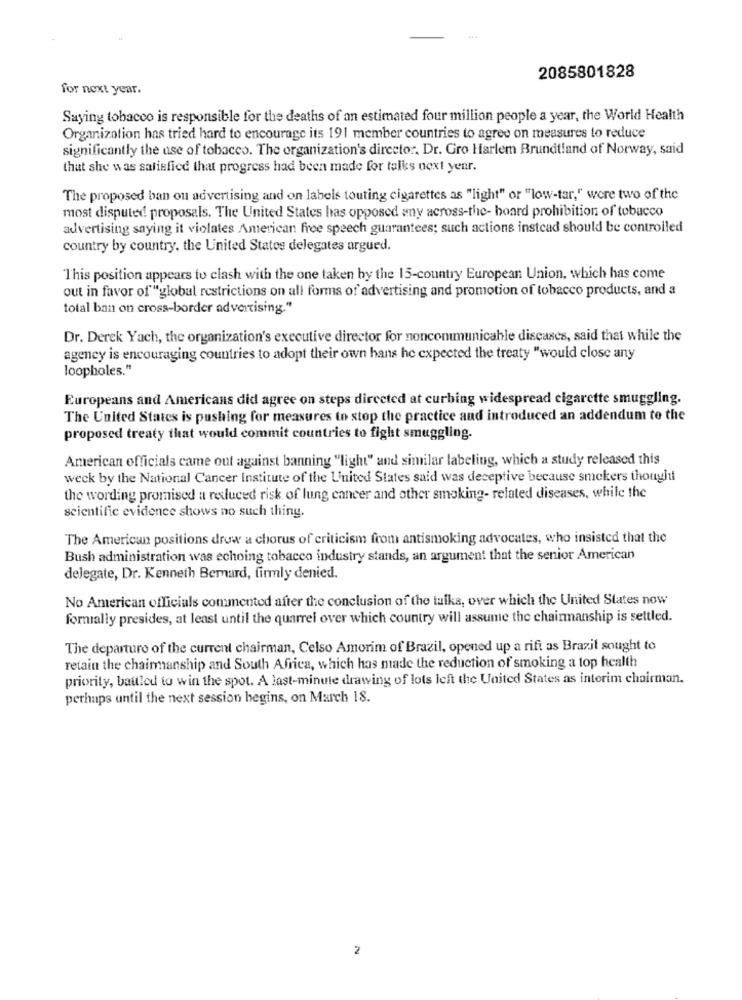
2085801828
for next year.
Saying tobacco is responsible for the deaths of an estimated four million people a year, the World Health
Organization has tried hard to encourage its 191 member countries to agree on measures to reduce
significantly the use of tobacco. The organization's director. Dr. Gro Harlem Brundtland of Norway, said
that she was satisfied that progress had been made for talks next year.
The proposed ban on advertising and on labels touting cigarettes as "light" or "low-tar," were two of the
most disputed proposals. The United States has opposed any across-the- board prohibition of tobacco
advertising saying it violates American free speech guarantees; such actions instead should be controlled
country by country, the United States delegates argued.
This position appears to clash with the one taken by the 15-country European Union, which has come
out in favor of "global restrictions on all forms of advertising and promotion of tobacco products, and a
total ban on cross-border advertising."
Dr. Derek Yach, the organization's executive director for nonconimunicable diseases, said that while the
agency is encouraging countries to adopt their own hans he expected the treaty "would close any
loopholes."
Europeans and Americans did agree on steps directed at curbing widespread cigarette smuggling.
The United States is pushing for measures to stop the practice and introduced an addendum to the
proposed treaty that would commit countries to fight smuggling.
American officials came out against banning "light" and similar labeling, which a study released this
weck by the National Cancer Institute of the United States said was deceptive because smokers thought
the wording promised a reduced risk of lung cancer and other smoking- related diseases, while the
scientific evidence shows no such thing.
The American positions drow a chorus of criticism from antismoking advocates, who insisted that the
Bush administration was echoing tobacco industry stands, an argument that the senior American
delegate, Dr. Kenneth Bernard, firmly denied.
No American officials commented after the conclusion of the talks, over which the United States now
formally presides, at least until the quarrel over which country will assume the chairmanship is settled.
The departure of the current chairman, Celso Amorim of Brazil, opened up a rift as Brazil sought to
retain the chairmanship and South Africa, which has made the reduction of smoking a top health
priority, battled to win the spot. A last-minute drawing of lots left the United States as interim chairman.
perhaps until the next session begins, on March 18.
2